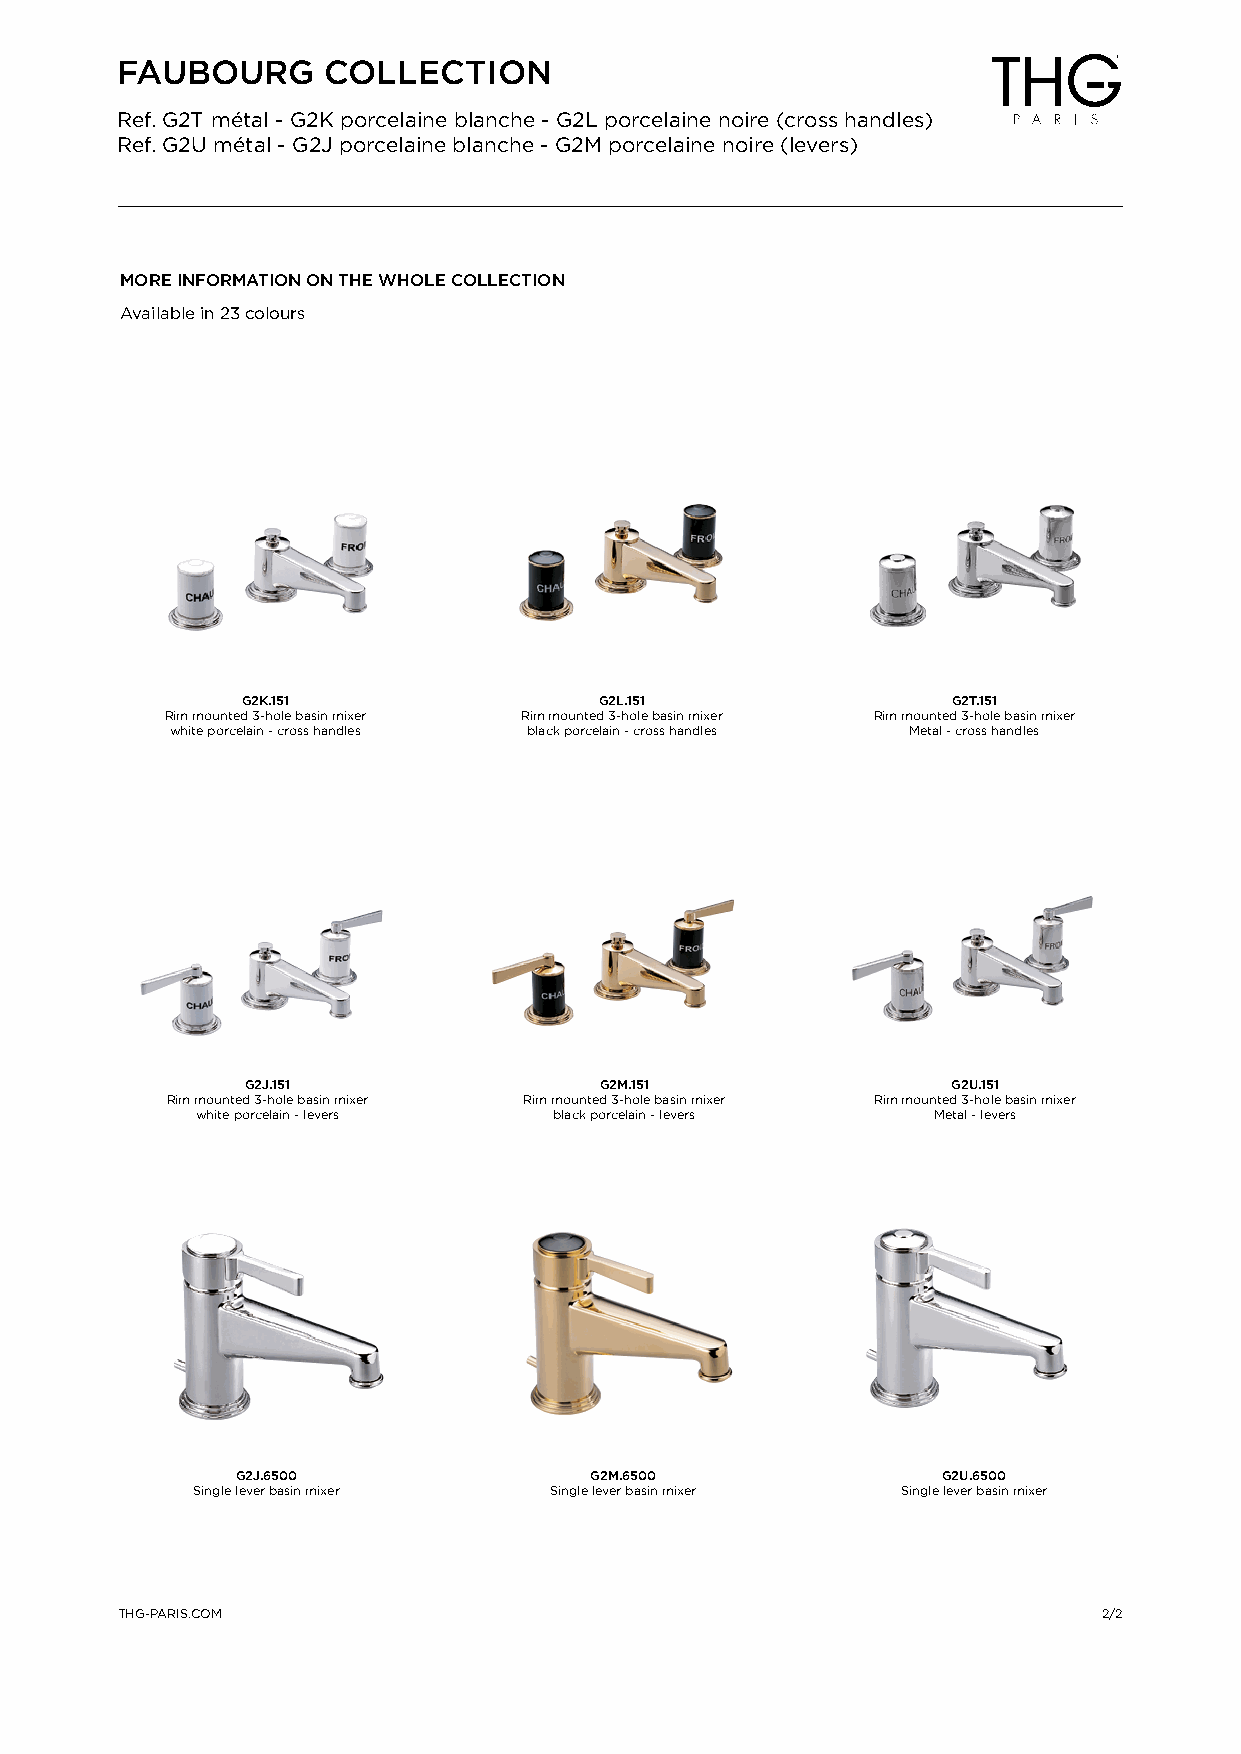
FAUBOURG     COLLECTION
 Ref. G2T métal - G2K porcelaine blanche - G2L porcelaine noire (cross handles)
 Ref. G2U métal - G2J porcelaine blanche - G2M porcelaine noire (levers)
 MORE INFORMATION ON THE WHOLE COLLECTION
 Available in 23 colours
 G2K.151                 G2L.151                G2T.151
 Rim mounted 3-hole basin mixer Rim mounted 3-hole basin mixer Rim mounted 3-hole basin mixer
 white porcelain - cross handles black porcelain - cross handles Metal - cross handles
 G2J.151                 G2M.151                G2U.151
 Rim mounted 3-hole basin mixer Rim mounted 3-hole basin mixer Rim mounted 3-hole basin mixer
 white porcelain - levers black porcelain - levers Metal - levers
 G2J.6500               G2M.6500               G2U.6500
 Single lever basin mixer Single lever basin mixer Single lever basin mixer
 THG-PARIS.COM                                                    2/2